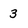
Character: 3